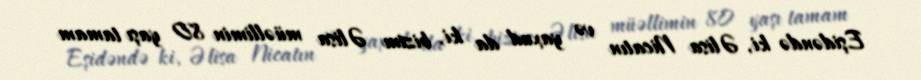
Eşidəndə ki, Əlisa Nicatın və yaxud da ki, bizim Əlisa müəllimin 80 yaşı tamam